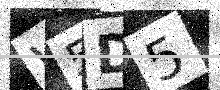
Text: W5D5